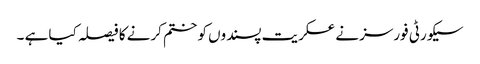
سیکورٹی فورسز نے عسکریت پسندوں کو ختم کرنے کا فیصلہ کیا ہے ۔